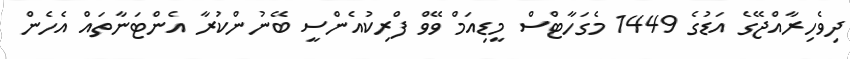
ދިވެހިރާއްޖޭގެ އަޑުގެ 1449 މެގަހާޓްސް މީޑިއަމް ވޭވް ފްރިކުއެންސީ ބޭނުންކުރާ އެންޓަނާތައް އެހެން